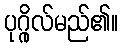
ပုဂ္ဂိုလ်မည်၏။